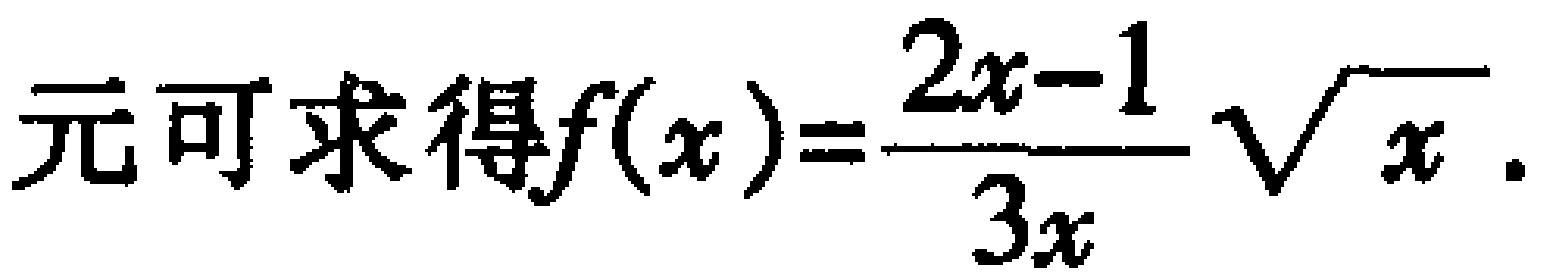
元可求得\(f(x)=\frac{2x - 1}{3x}\sqrt{x}\)